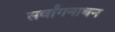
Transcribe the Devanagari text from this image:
सर्वांगनाथन